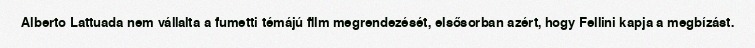
Alberto Lattuada nem vállalta a fumetti témájú film megrendezését, elsősorban azért, hogy Fellini kapja a megbízást.